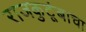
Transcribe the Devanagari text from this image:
राजकुटूंबाचा